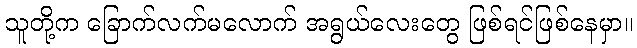
သူတို့က ခြောက်လက်မလောက် အရွယ်လေးတွေ ဖြစ်ရင်ဖြစ်နေမှာ။